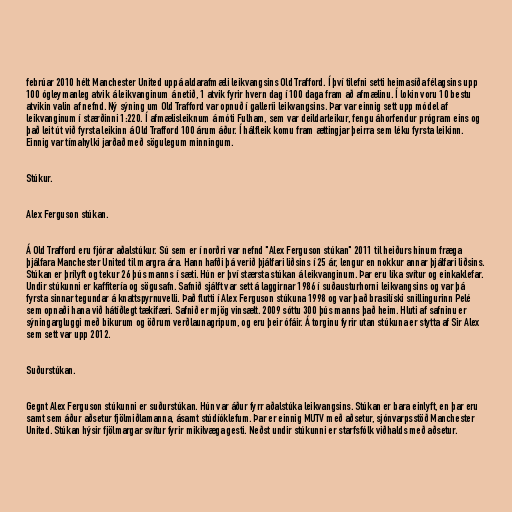
febrúar 2010 hélt Manchester United uppá aldarafmæli leikvangsins Old Trafford. Í því tilefni setti heimasíða félagsins upp
100 ógleymanleg atvik á leikvanginum á netið, 1 atvik fyrir hvern dag í 100 daga fram að afmælinu. Í lokin voru 10 bestu
atvikin valin af nefnd. Ný sýning um Old Trafford var opnuð í galleríi leikvangsins. Þar var einnig sett upp módel af
leikvanginum í stærðinni 1:220. Í afmælisleiknum á móti Fulham, sem var deildarleikur, fengu áhorfendur prógram eins og
það leit út við fyrsta leikinn á Old Trafford 100 árum áður. Í hálfleik komu fram ættingjar þeirra sem léku fyrsta leikinn.
Einnig var tímahylki jarðað með sögulegum minningum.

Stúkur.

Alex Ferguson stúkan.

Á Old Trafford eru fjórar aðalstúkur. Sú sem er í norðri var nefnd "Alex Ferguson stúkan" 2011 til heiðurs hinum fræga
þjálfara Manchester United til margra ára. Hann hafði þá verið þjálfari liðsins í 25 ár, lengur en nokkur annar þjálfari liðsins.
Stúkan er þrílyft og tekur 26 þús manns í sæti. Hún er því stærsta stúkan á leikvanginum. Þar eru líka svítur og einkaklefar.
Undir stúkunni er kaffitería og sögusafn. Safnið sjálft var sett á laggirnar 1986 í suðausturhorni leikvangsins og var þá
fyrsta sinnar tegundar á knattspyrnuvelli. Það flutti í Alex Ferguson stúkuna 1998 og var það brasilíski snillingurinn Pelé
sem opnaði hana við hátíðlegt tækifæri. Safnið er mjög vinsælt. 2009 sóttu 300 þús manns það heim. Hluti af safninu er
sýningargluggi með bikurum og öðrum verðlaunagripum, og eru þeir ófáir. Á torginu fyrir utan stúkuna er stytta af Sir Alex
sem sett var upp 2012.

Suðurstúkan.

Gegnt Alex Ferguson stúkunni er suðurstúkan. Hún var áður fyrr aðalstúka leikvangsins. Stúkan er bara einlyft, en þar eru
samt sem áður aðsetur fjölmiðlamanna, ásamt stúdíóklefum. Þar er einnig MUTV með aðsetur, sjónvarpsstöð Manchester
United. Stúkan hýsir fjölmargar svítur fyrir mikilvæga gesti. Neðst undir stúkunni er starfsfólk viðhalds með aðsetur.